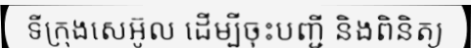
ទីក្រុងសេអ៊ូល ដើម្បីចុះបញ្ជី និងពិនិត្យ